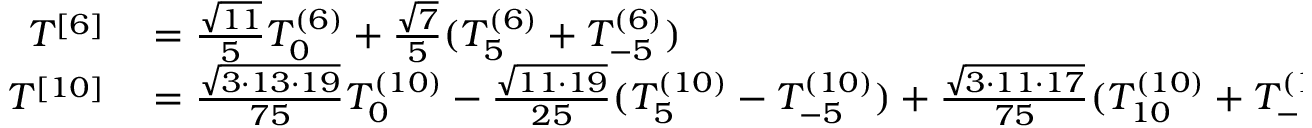
\begin{array} { r l } { T ^ { [ 6 ] } } & { { } = \frac { \sqrt { 1 1 } } { 5 } T _ { 0 } ^ { ( 6 ) } + \frac { \sqrt { 7 } } { 5 } ( T _ { 5 } ^ { ( 6 ) } + T _ { - 5 } ^ { ( 6 ) } ) } \\ { T ^ { [ 1 0 ] } } & { { } = \frac { \sqrt { 3 \cdot 1 3 \cdot 1 9 } } { 7 5 } T _ { 0 } ^ { ( 1 0 ) } - \frac { \sqrt { 1 1 \cdot 1 9 } } { 2 5 } ( T _ { 5 } ^ { ( 1 0 ) } - T _ { - 5 } ^ { ( 1 0 ) } ) + \frac { \sqrt { 3 \cdot 1 1 \cdot 1 7 } } { 7 5 } ( T _ { 1 0 } ^ { ( 1 0 ) } + T _ { - 1 0 } ^ { ( 1 0 ) } ) } \end{array}